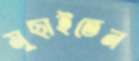
মুছাইতেন